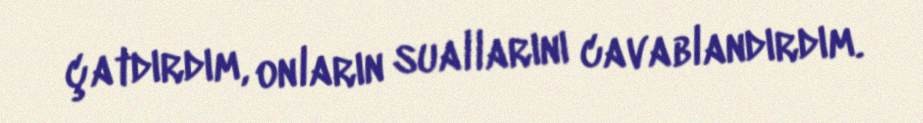
çatdırdım, onların suallarını cavablandırdım.